Report on the lunatic asylums under the Government of Bombay - 1904-1913
Year: 1904
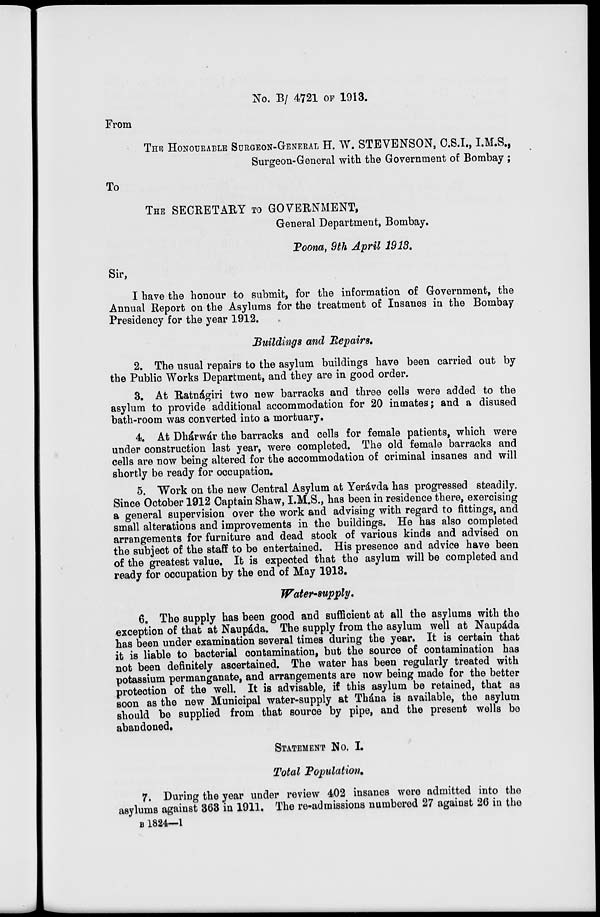
No. B/ 4721 OF 1913.
From
THE HONOURABLE SURGEON-GENERAL H. W. STEVENSON, C.S.I., I.M.S.,
Surgeon-General with the Government of Bombay ;
To
THE SECRETARY TO GOVERNMENT,
General Department, Bombay.
Poona, 9th April 1913.
Sir,
I have the honour to submit, for the information of Government, the
Annual Report on the Asylums for the treatment of Insanes in the Bombay
Presidency for the year 1912.
Buildings and Repairs.
2. The usual repairs to the asylum buildings have been carried out by
the Public Works Department, and they are in good order.
3. At Ratnágiri two new barracks and three cells were added to the
asylum to provide additional accommodation for 20 inmates; and a disused
bath-room was converted into a mortuary.
4. At Dhárwár the barracks and cells for female patients, which were
under construction last year, were completed. The old female barracks and
cells are now being altered for the accommodation of criminal insanes and will
shortly be ready for occupation.
5. Work on the new Central Asylum at Yerávda has progressed steadily.
Since October 1912 Captain Shaw, I.M.S., has been in residence there, exercising
a general supervision over the work and advising with regard to fittings, and
small alterations and improvements in the buildings. He has also completed
arrangements for furniture and dead stock of various kinds and advised on
the subject of the staff to be entertained. His presence and advice have been
of the greatest value. It is expected that the asylum will be completed and
ready for occupation by the end of May 1913.
Water-supply.
6. The supply has been good and sufficient at all the asylums with the
exception of that at Naupáda. The supply from the asylum well at Naupáda
has been under examination several times during the year. It is certain that
it is liable to bacterial contamination, but the source of contamination has
not been definitely ascertained. The water has been regularly treated with
potassium permanganate, and arrangements are now being made for the better
protection of the well. It is advisable, if this asylum be retained, that as
soon as the new Municipal water-supply at Thána is available, the asylum
should be supplied from that source by pipe, and the present wells be
abandoned.
STATEMENT No, I.
Total Population.
7. During the year under review 402 insanes were admitted into the
asylums against 363 in 1911. The re-admissions numbered 27 against 26 in the
B 1824—1